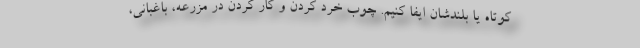
کوتاه یا بلندشان ایفا کنیم. چوب خرد کردن و کار کردن در مزرعه، باغبانی،